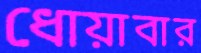
ধোয়াবার